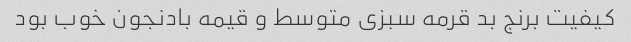
کیفیت برنج بد قرمه سبزی متوسط و قیمه بادنجون خوب بود